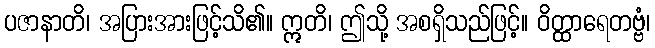
ပဇာနာတိ၊ အပြားအားဖြင့်သိ၏။ ဣတိ၊ ဤသို့ အစရှိသည်ဖြင့်။ ဝိတ္ထာရေတဗ္ဗံ၊